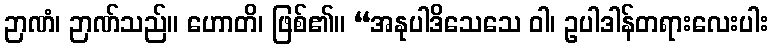
ဉာဏံ၊ ဉာဏ်သည်။ ဟောတိ၊ ဖြစ်၏။ “အနုပါဒိသေသေ ဝါ၊ ဥပါဒါန်တရားလေးပါး